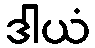
ဒါယံ